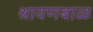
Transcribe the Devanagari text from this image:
श्रावणबाळ